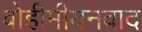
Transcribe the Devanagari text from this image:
बोहीमीयनवाद